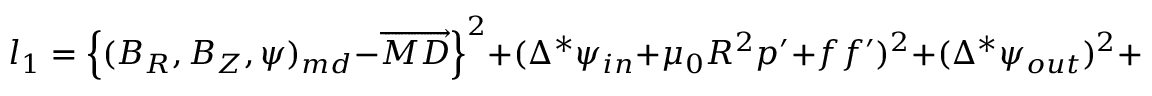
l _ { 1 } = \Big \{ ( \boldsymbol { B } _ { R } , \boldsymbol { B } _ { Z } , \boldsymbol { \psi } ) _ { m d } - \overrightarrow { M D } \Big \} ^ { 2 } + ( \Delta ^ { * } \psi _ { i n } + \mu _ { 0 } R ^ { 2 } p ^ { \prime } + f f ^ { \prime } ) ^ { 2 } + ( \Delta ^ { * } \psi _ { o u t } ) ^ { 2 } + c _ { 1 } | | \Theta | | ^ { 2 }